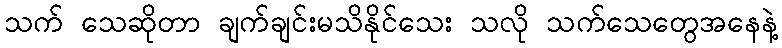
သက် သေဆိုတာ ချက်ချင်းမသိနိုင်သေး သလို သက်သေတွေအနေနဲ့